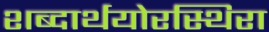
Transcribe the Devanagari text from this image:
शब्दार्थयोरस्थिरा